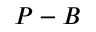
P - B